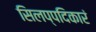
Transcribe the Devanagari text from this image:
सिलप्पदिकारं